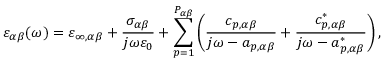
\varepsilon _ { \alpha \beta } ( \omega ) = \varepsilon _ { \infty , \alpha \beta } + \frac { \sigma _ { \alpha \beta } } { j \omega \varepsilon _ { 0 } } + \sum _ { p = 1 } ^ { P _ { \alpha \beta } } \left( \frac { c _ { p , \alpha \beta } } { j \omega - a _ { p , \alpha \beta } } + \frac { c _ { p , \alpha \beta } ^ { * } } { j \omega - a _ { p , \alpha \beta } ^ { * } } \right) ,